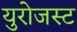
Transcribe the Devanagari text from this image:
युरोजस्ट